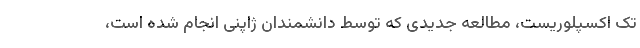
تک اکسپلوریست، مطالعه جدیدی که توسط دانشمندان ژاپنی انجام شده است،